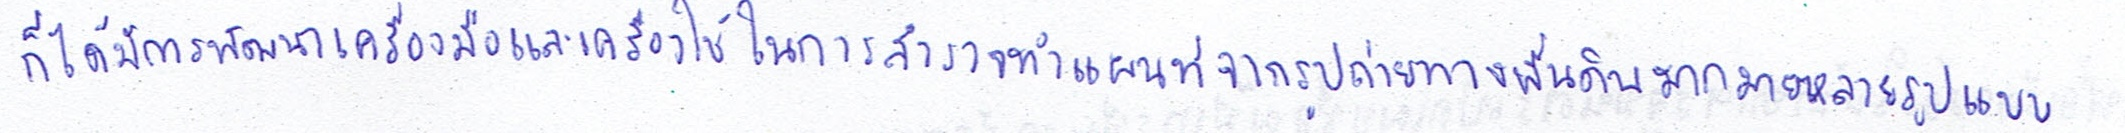
ก็ได้มีการพัฒนาเครื่องมือและเครื่องใช้ในการสำรวจทำแผนที่จากรูปถ่ายทางพื้นดินมากมายหลายรูปแบบ